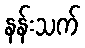
နန်းသက်